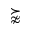
\succnapprox